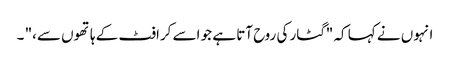
انہوں نے کہا کہ "گٹار کی روح آتا ہے جو اسے کرافٹ کے ہاتھوں سے،" ۔